Annual report of the Punjab Veterinary College and of the Civil Veterinary Department, Punjab - 1926-1932
Year: 1926
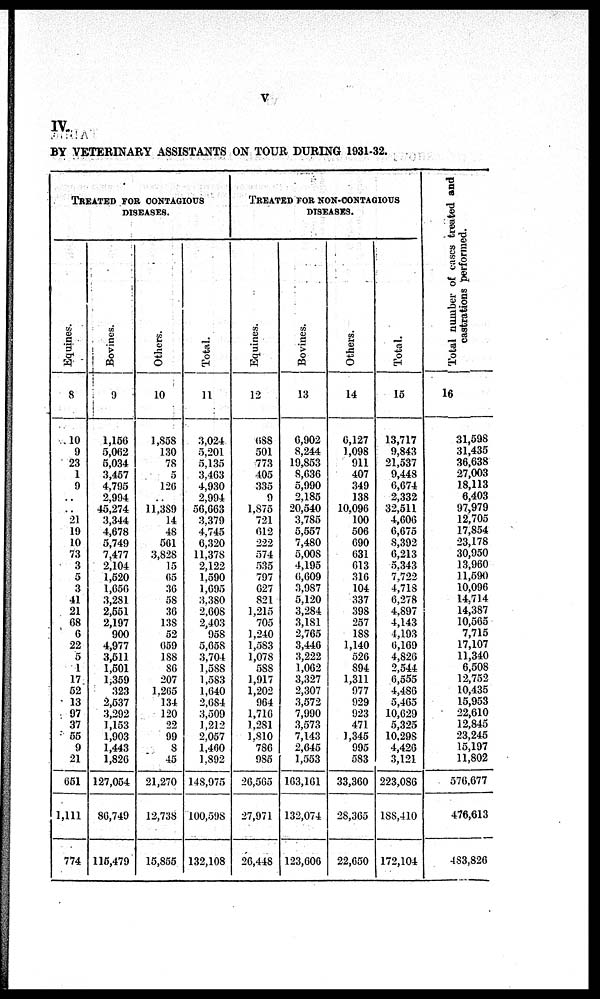
v
IV.
BY VETERINARY ASSISTANTS ON TOUR DURING 1931-32.
TREATED FOR CONTAGIOUS
DISEASES.
Equines.
8
10
9
23
1
9
..
..
21
19
10
73
3
5
3
41
21
68
6
22
5
1
17
52
13
97
37
55
9
21
651
1,111
774
Bovines.
9
1,156
5,062
5,034
3,457
4,795
2,994
45,274
3,344
4,678
5,749
7,477
2,104
1,520
1,656
3,281
2,551
2,197
900
4,977
3,511
1,501
1,369
323
2,537
3,292
1,153
1,903
1,443
1,826
127,054
86,749
115,479
Others.
10
1,858
130
78
5
126
..
11,389
14
48
561
3,828
15
65
36
58
36
138
52
659
188
86
207
1,265
134
120
22
99
8
45
21,270
12,738
15,855
Total.
11
3,024
5,201
5,135
3,463
4,930
2,994
56,663
3,379
4,745
6,320
11,378
2,122
1,590
1,695
3,380
2,608
2,403
958
5,058
3,704
1,588
1,583
1,640
2,684
3,509
1,212
2,057
1,460
1,892
148,975
100,598
132,108
TREATED FOR NON-CONTAGIOUS
DISEASES.
Equines.
12
688
501
773
405
335
9
1,875
721
612
222
574
535
797
627
821
1,215
705
1,240
1,583
1,078
588
1,917
1,202
964
1,716
1,281
1,810
786
985
26,565
27,971
26,448
Bovines.
13
6,902
8,244
19,853
8,636
5,990
2,185
20,540
3,785
5,557
7,480
5,008
4,195
6,609
3,987
5,120
3,284
3,181
2,765
3,446
3,222
1,062
3,327
2,307
3,572
7,990
3,573
7,143
2,645
1,553
163,161
132,074
123,606
Others.
14
6,127
1,098
911
407
349
138
10,096
100
506
690
631
613
316
104
337
398
257
188
1,140
526
894
1,311
977
929
923
471
1,345
995
583
33,360
28,365
22,650
Total.
15
13,717
9,843
21,537
9,448
6,674
2,332
32,511
4,606
6,675
8,392
6,213
5,343
7,722
4,718
6,278
4,897
4,143
4,193
6,169
4,826
2,544
6,555
4,486
5,465
10,629
5,325
10,298
4,426
3,121
223,086
188,410
172,104
Total number of cases treated and
castrations performed.
16
31,598
31,435
36,638
27,003
18,113
6,403
97,979
12,705
17,854
23,178
30,950
13,960
11,590
10,096
14,714
14,387
10,565
7,715
17,107
11,340
6,508
12,752
10,435
15,953
22,610
12,845
23,245
15,197
11,802
576,677
476,613
483,826